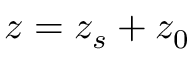
z = z _ { s } + z _ { 0 }